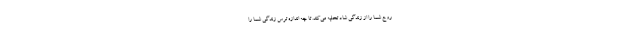
روح شما را از زندگی شاد تخلیه می‌کند. تا چه اندازه ترس زندگی شما را